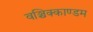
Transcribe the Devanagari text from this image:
वञ्चिक्काण्डम